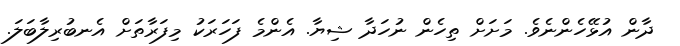
ދާން އުޅޭހެންނެވެ. މަށަށް ތިހެން ނުހަދާ ޝިޔާ. އެންމެ ފަހަރަކު މިފަރާތަށް އެނބުރިލާބަލަ.